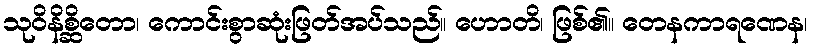
သုဝိနိစ္ဆိတော၊ ကောင်းစွာဆုံးဖြတ်အပ်သည်။ ဟောတိ၊ ဖြစ်၏။ တေနကာရဏေန၊